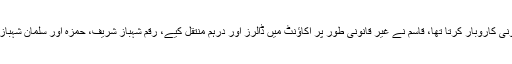
قاسم قیوم منی چینجر کا غیر قانونی کاروبار کرتا تھا، قاسم نے غیر قانونی طور پر اکاؤنٹ میں ڈالرز اور درہم منتقل کیے، رقم شہباز شریف، حمزہ اور سلمان شہباز کے اکاؤنٹ میں منتقل کی گئی۔